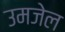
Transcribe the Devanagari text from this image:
उमजेल